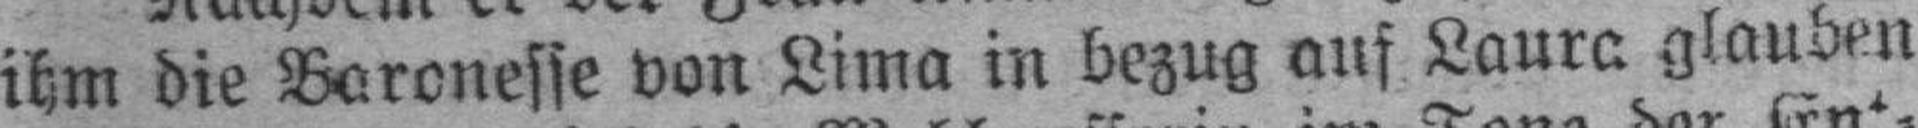
ihm die Baronesse von Lima in bezug auf Laura glauben